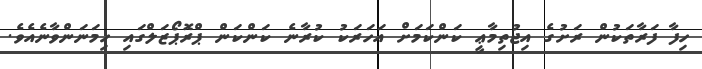
ހިފާ ފަރާތަކުން ރަށުގެ އިޖުތިމާޢީ ކަންކަމަށް އަހަރަކު ކުރާނެ ކަންކަން ޕްރޮޕޯޒަލްގައި ހިމަނަންވާނެއެވެ.